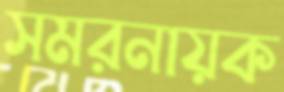
সমরনায়ক